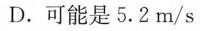
D. 可能是5.2m/s